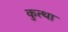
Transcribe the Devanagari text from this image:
कुत्था